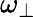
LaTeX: \omega_{\perp}